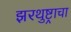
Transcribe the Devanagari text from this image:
झरथुष्ट्राचा